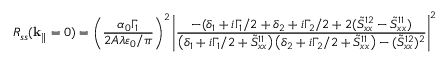
R _ { s s } ( \mathbf { k } _ { \| } = 0 ) = \left( \frac { \alpha _ { 0 } \Gamma _ { 1 } } { 2 A \lambda \varepsilon _ { 0 } / \pi } \right) ^ { 2 } \left| \frac { - ( \delta _ { 1 } + i \Gamma _ { 1 } / 2 + \delta _ { 2 } + i \Gamma _ { 2 } / 2 + 2 ( \tilde { S } _ { x x } ^ { 1 2 } - \tilde { S } _ { x x } ^ { 1 1 } ) } { \left( \delta _ { 1 } + i \Gamma _ { 1 } / 2 + \tilde { S } _ { x x } ^ { 1 1 } \right) \left( \delta _ { 2 } + i \Gamma _ { 2 } / 2 + \tilde { S } _ { x x } ^ { 1 1 } \right) - ( \tilde { S } _ { x x } ^ { 1 2 } ) ^ { 2 } } \right| ^ { 2 }